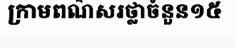
ក្រាមពណ៌សរថ្លាចំនួន១៥